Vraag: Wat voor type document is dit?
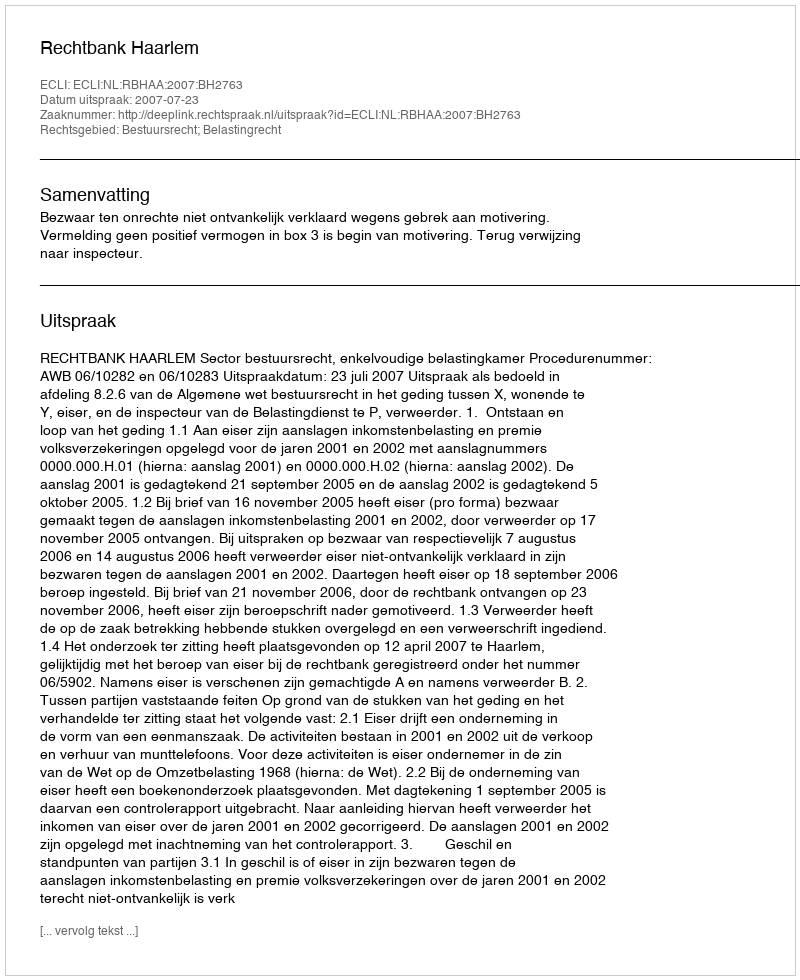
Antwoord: Uitspraak